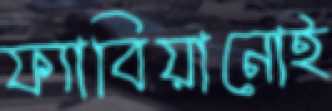
ফ্যাবিয়ানোই